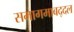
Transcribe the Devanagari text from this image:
समागमाबद्दल